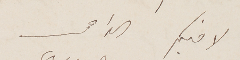
لاخيكم الداعى